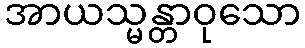
အာယသ္မန္တာဝုသော